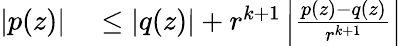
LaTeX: \begin{array}{rl}{|p(z)|}&{{}\leq|q(z)|+r^{k+1}\left|{\frac{p(z)-q(z)}{r^{k+1}}}\right|}\end{array}